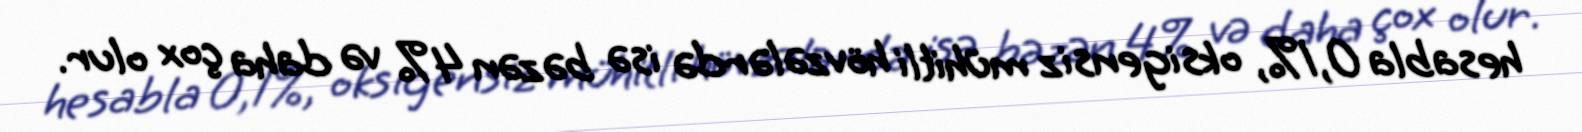
hesabla 0,1%, oksigensiz mühitli hövzələrdə isə bəzən 4% və daha çox olur.